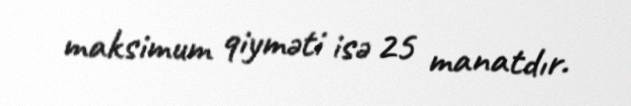
maksimum qiyməti isə 25 manatdır.